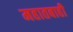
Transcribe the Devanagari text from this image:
महातबाही